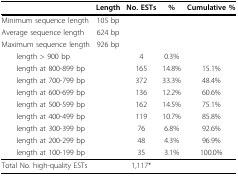
<table><thead><tr><td></td><td><b>Length</b></td><td><b>No. ESTs</b></td><td><b>%</b></td><td><b>Cumulative %</b></td></tr></thead><tbody><tr><td>Minimum sequence length</td><td>105 bp</td><td></td><td></td><td></td></tr><tr><td>Average sequence length</td><td>624 bp</td><td></td><td></td><td></td></tr><tr><td>Maximum sequence length</td><td>926 bp</td><td></td><td></td><td></td></tr><tr><td> length &gt; 900 bp</td><td></td><td>4</td><td>0.3%</td><td></td></tr><tr><td> length at 800-899 bp</td><td></td><td>165</td><td>14.8%</td><td>15.1%</td></tr><tr><td> length at 700-799 bp</td><td></td><td>372</td><td>33.3%</td><td>48.4%</td></tr><tr><td> length at 600-699 bp</td><td></td><td>136</td><td>12.2%</td><td>60.6%</td></tr><tr><td> length at 500-599 bp</td><td></td><td>162</td><td>14.5%</td><td>75.1%</td></tr><tr><td> length at 400-499 bp</td><td></td><td>119</td><td>10.7%</td><td>85.8%</td></tr><tr><td> length at 300-399 bp</td><td></td><td>76</td><td>6.8%</td><td>92.6%</td></tr><tr><td> length at 200-299 bp</td><td></td><td>48</td><td>4.3%</td><td>96.9%</td></tr><tr><td> length at 100-199 bp</td><td></td><td>35</td><td>3.1%</td><td>100.0%</td></tr><tr><td>Total No. high-quality ESTs</td><td></td><td>1,117*</td><td></td><td></td></tr></tbody></table>